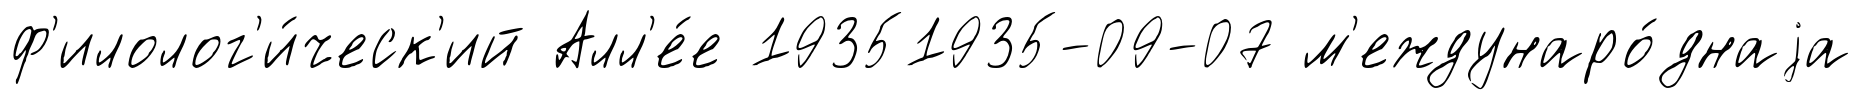
ф'илолог'и́ческ'ий Алл'е́е 19351935-09-07 м'еждунаро́днаjа